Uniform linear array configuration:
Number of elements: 16
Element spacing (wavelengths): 0.5
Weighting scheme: exponential
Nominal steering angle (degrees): -60
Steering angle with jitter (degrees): -60.007
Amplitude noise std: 0.05
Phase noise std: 0.05

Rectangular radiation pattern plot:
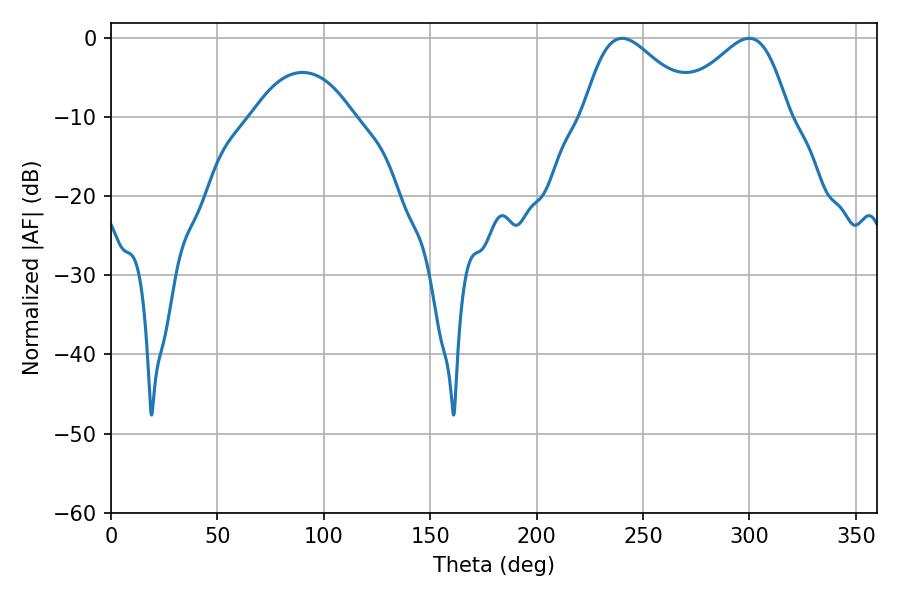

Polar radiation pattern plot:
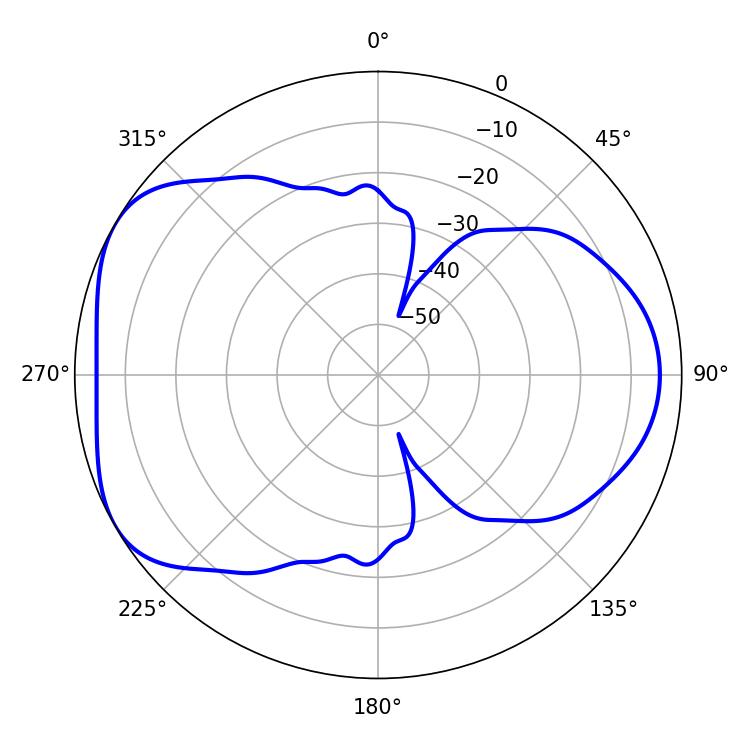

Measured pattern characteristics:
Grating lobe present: FALSE
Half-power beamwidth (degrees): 27.9
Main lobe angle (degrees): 299.88